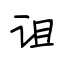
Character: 诅